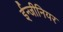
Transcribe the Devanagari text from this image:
ईन्जीनियर